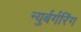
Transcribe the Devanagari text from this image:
न्युर्बर्गरिंग